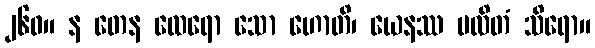
၂၆၀။ န တေန ထေရော သော ဟောတိ၊ ယေနဿ ပလိတံ သိရော။